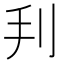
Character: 𠛃